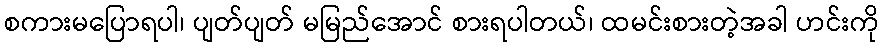
စကားမပြောရပါ၊ ပျတ်ပျတ် မမြည်အောင် စားရပါတယ်၊ ထမင်းစားတဲ့အခါ ဟင်းကို